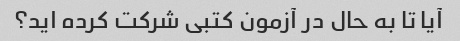
آیا تا به حال در آزمون کتبی شرکت کرده اید؟